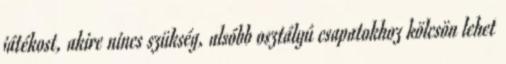
játékost, akire nincs szükség, alsóbb osztályú csapatokhoz kölcsön lehet